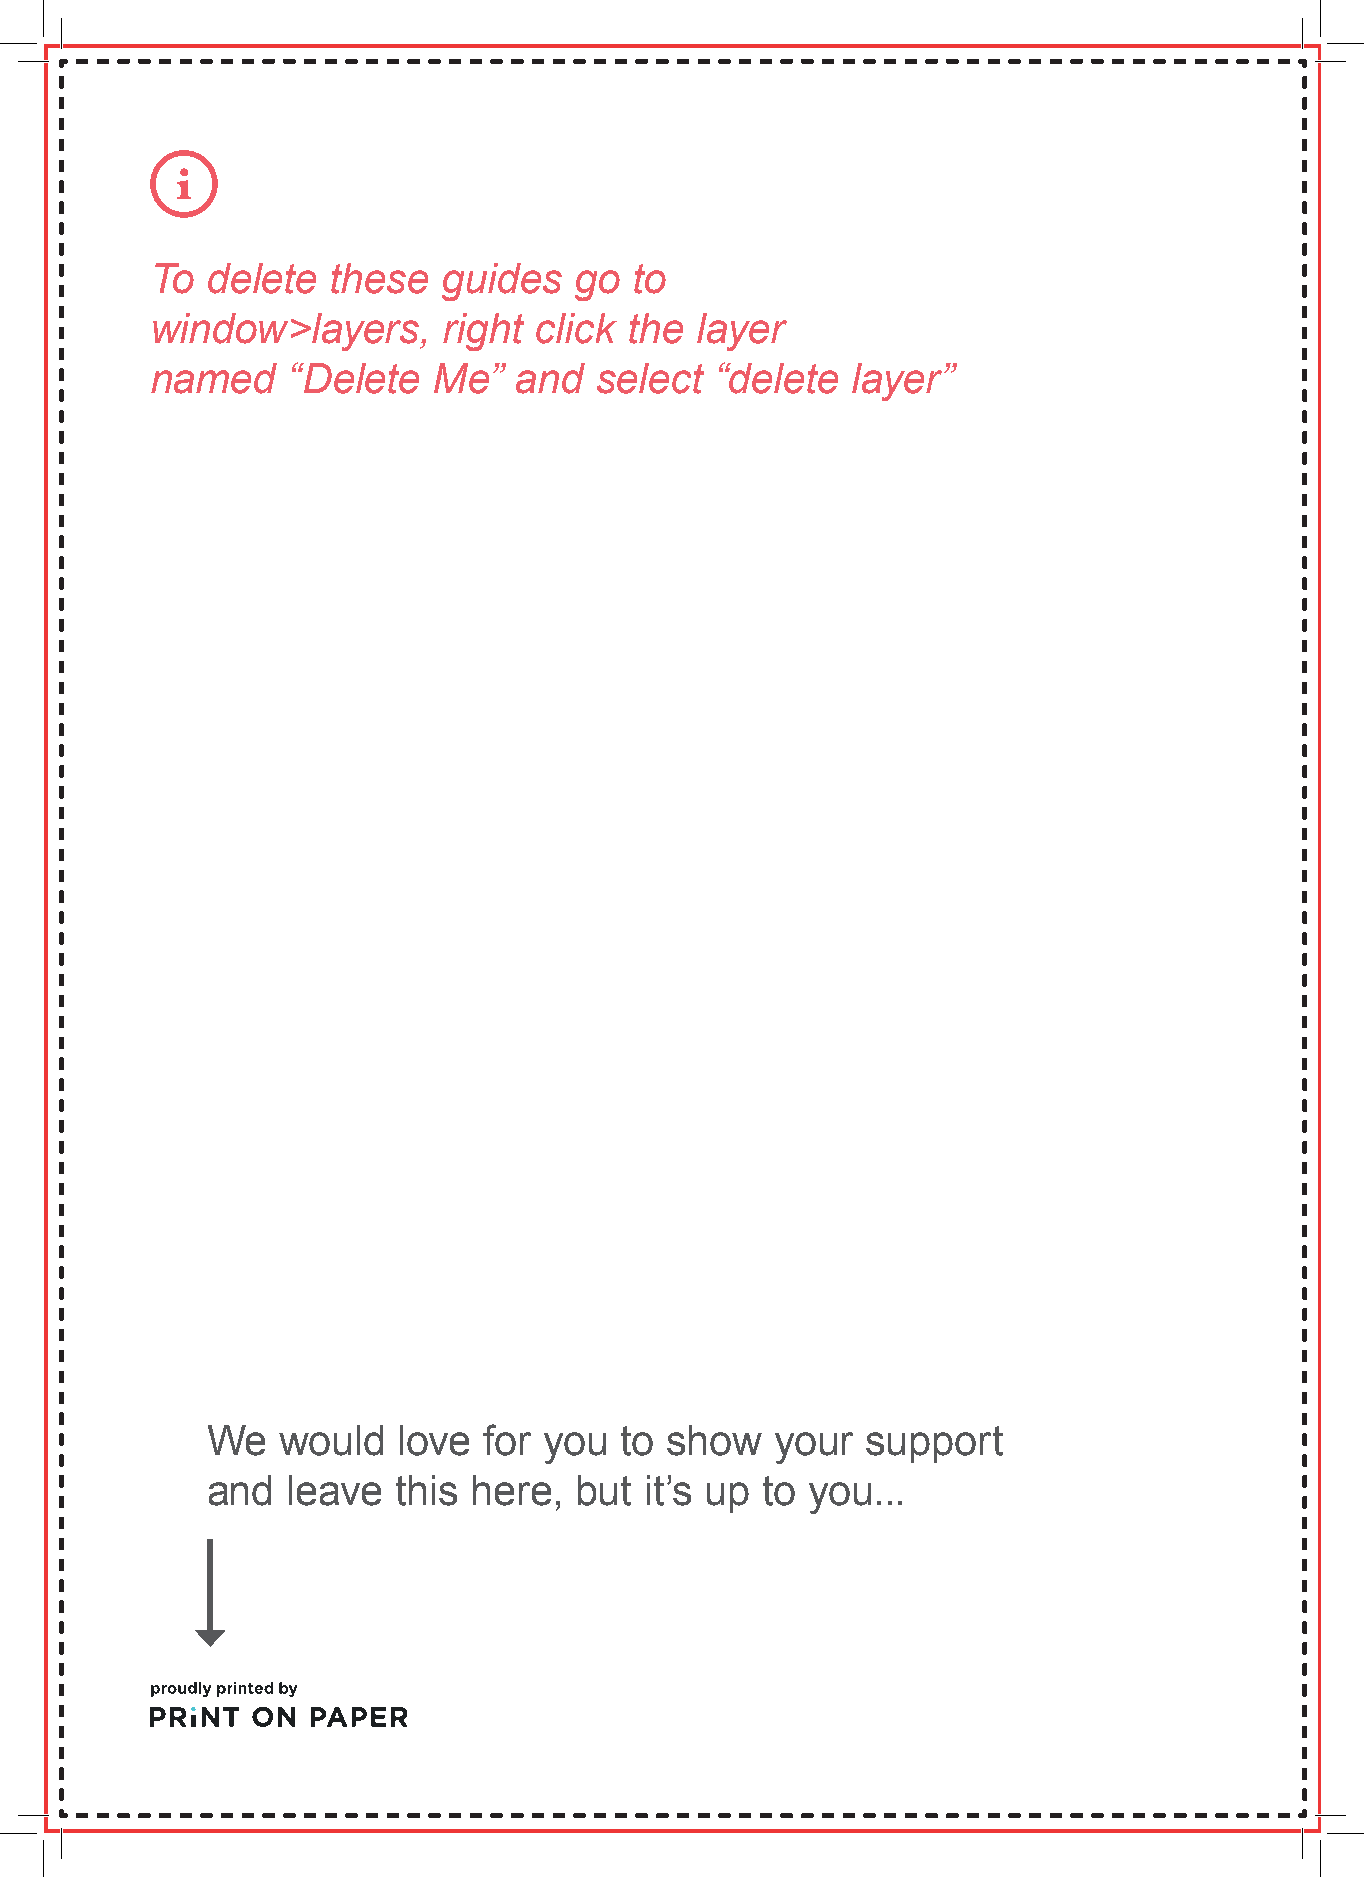
To  delete  these  guides   go  to
 window>layers,     right click  the layer
 named    “Delete   Me”  and  select  “delete  layer”
 We  would   love  for you  to show   your  support
 and  leave  this here,  but  it’s up to you...